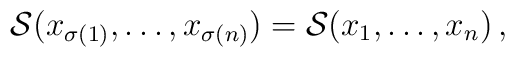
{\cal S}(x_{\sigma(1)},\dots,x_{\sigma(n)}) = {\cal S}(x_1,\dots,x_n)\,,